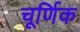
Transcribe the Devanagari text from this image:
चूर्णिक